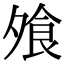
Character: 飧